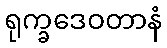
ရုက္ခဒေဝတာနံ